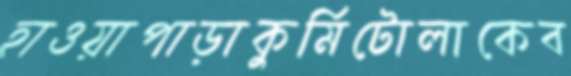
হাওয়াপাড়াকুর্মিটোলাকেব